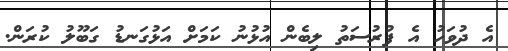
އެ ދުވަހު އެ ފުރުސަތު ލިބެން އުޅުނު ކަމަށް އަޅުގަނޑު ގަބޫލު ކުރަން.